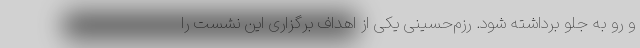
و رو به جلو برداشته شود. رزم‌حسینی یکی از اهداف برگزاری این نشست را